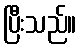
ပြီးသည်။